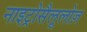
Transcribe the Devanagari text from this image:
नाइट्रोसैलूलोज़